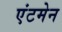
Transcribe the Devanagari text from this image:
एंटमेन